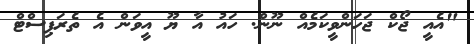
"އެއީ ޖޯކް ޖަހަންވީކަމެއް ނޫން. ހައު އާ ޔޫ އީވަން އެ ތެރަޕިސްޓް